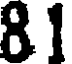
8 1